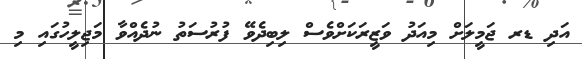
އަދި ޑރ ޖަމީލަށް މިއަދު ވަޒީރަކަށްވެސް ލިބިދެވޭ ފުރުސަތު ނުދެއްވާ މަޖިލީހުގައި މި